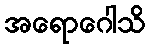
အရောဂေါသိ